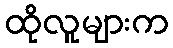
ထိုလူများက